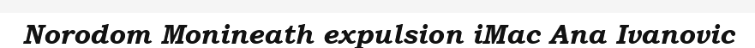
Norodom Monineath expulsion iMac Ana Ivanovic